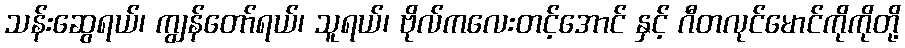
သန်းဆွေရယ်၊ ကျွန်တော်ရယ်၊ သူရယ်၊ ဗိုလ်ကလေးတင့်အောင် နှင့် ဂီတလုင်မောင်ကိုကိုတို့